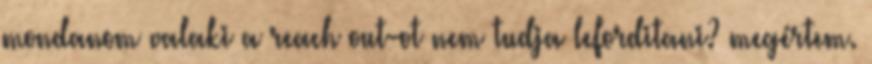
mondanom valaki a reach out-ot nem tudja leforditani? megértem.